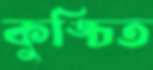
কুঙ্চিত